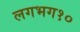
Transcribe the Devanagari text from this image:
लगभग१०